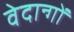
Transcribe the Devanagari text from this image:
वेदान्गों